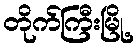
တိုက်ကြီးမြို့